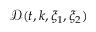
\mathcal { D } ( t , k , \xi _ { 1 } , \xi _ { 2 } )